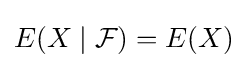
E(X\mid {\mathcal {F}})=E(X)